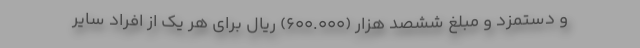
و دستمزد و مبلغ ششصد هزار (600.000) ریال برای هر یک از افراد سایر